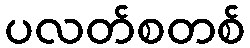
ပလတ်စတစ်